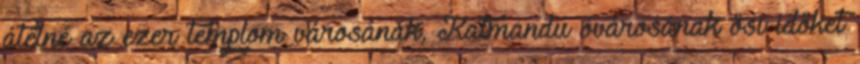
átélné az ezer templom városának, Katmandu óvárosának ősi időket